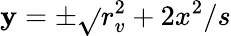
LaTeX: \mathbf{y}=\pm\sqrt{}{{r_{v}^{2}+2x^{2}/s}}